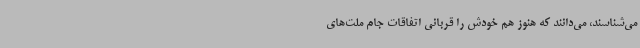
می‌شناسند، می‌دانند که هنوز هم خودش را قربانی اتفاقات جام ملت‌های